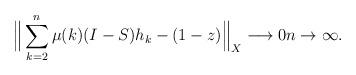
LaTeX: \begin{align*} \Big\| \sum\limits_{k=2}^{n} \mu(k)(I-S)h_k - (1-z) \Big\|_{X} \longrightarrow 0 n \to \infty. \end{align*}